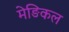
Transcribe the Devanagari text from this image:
मेङिकल